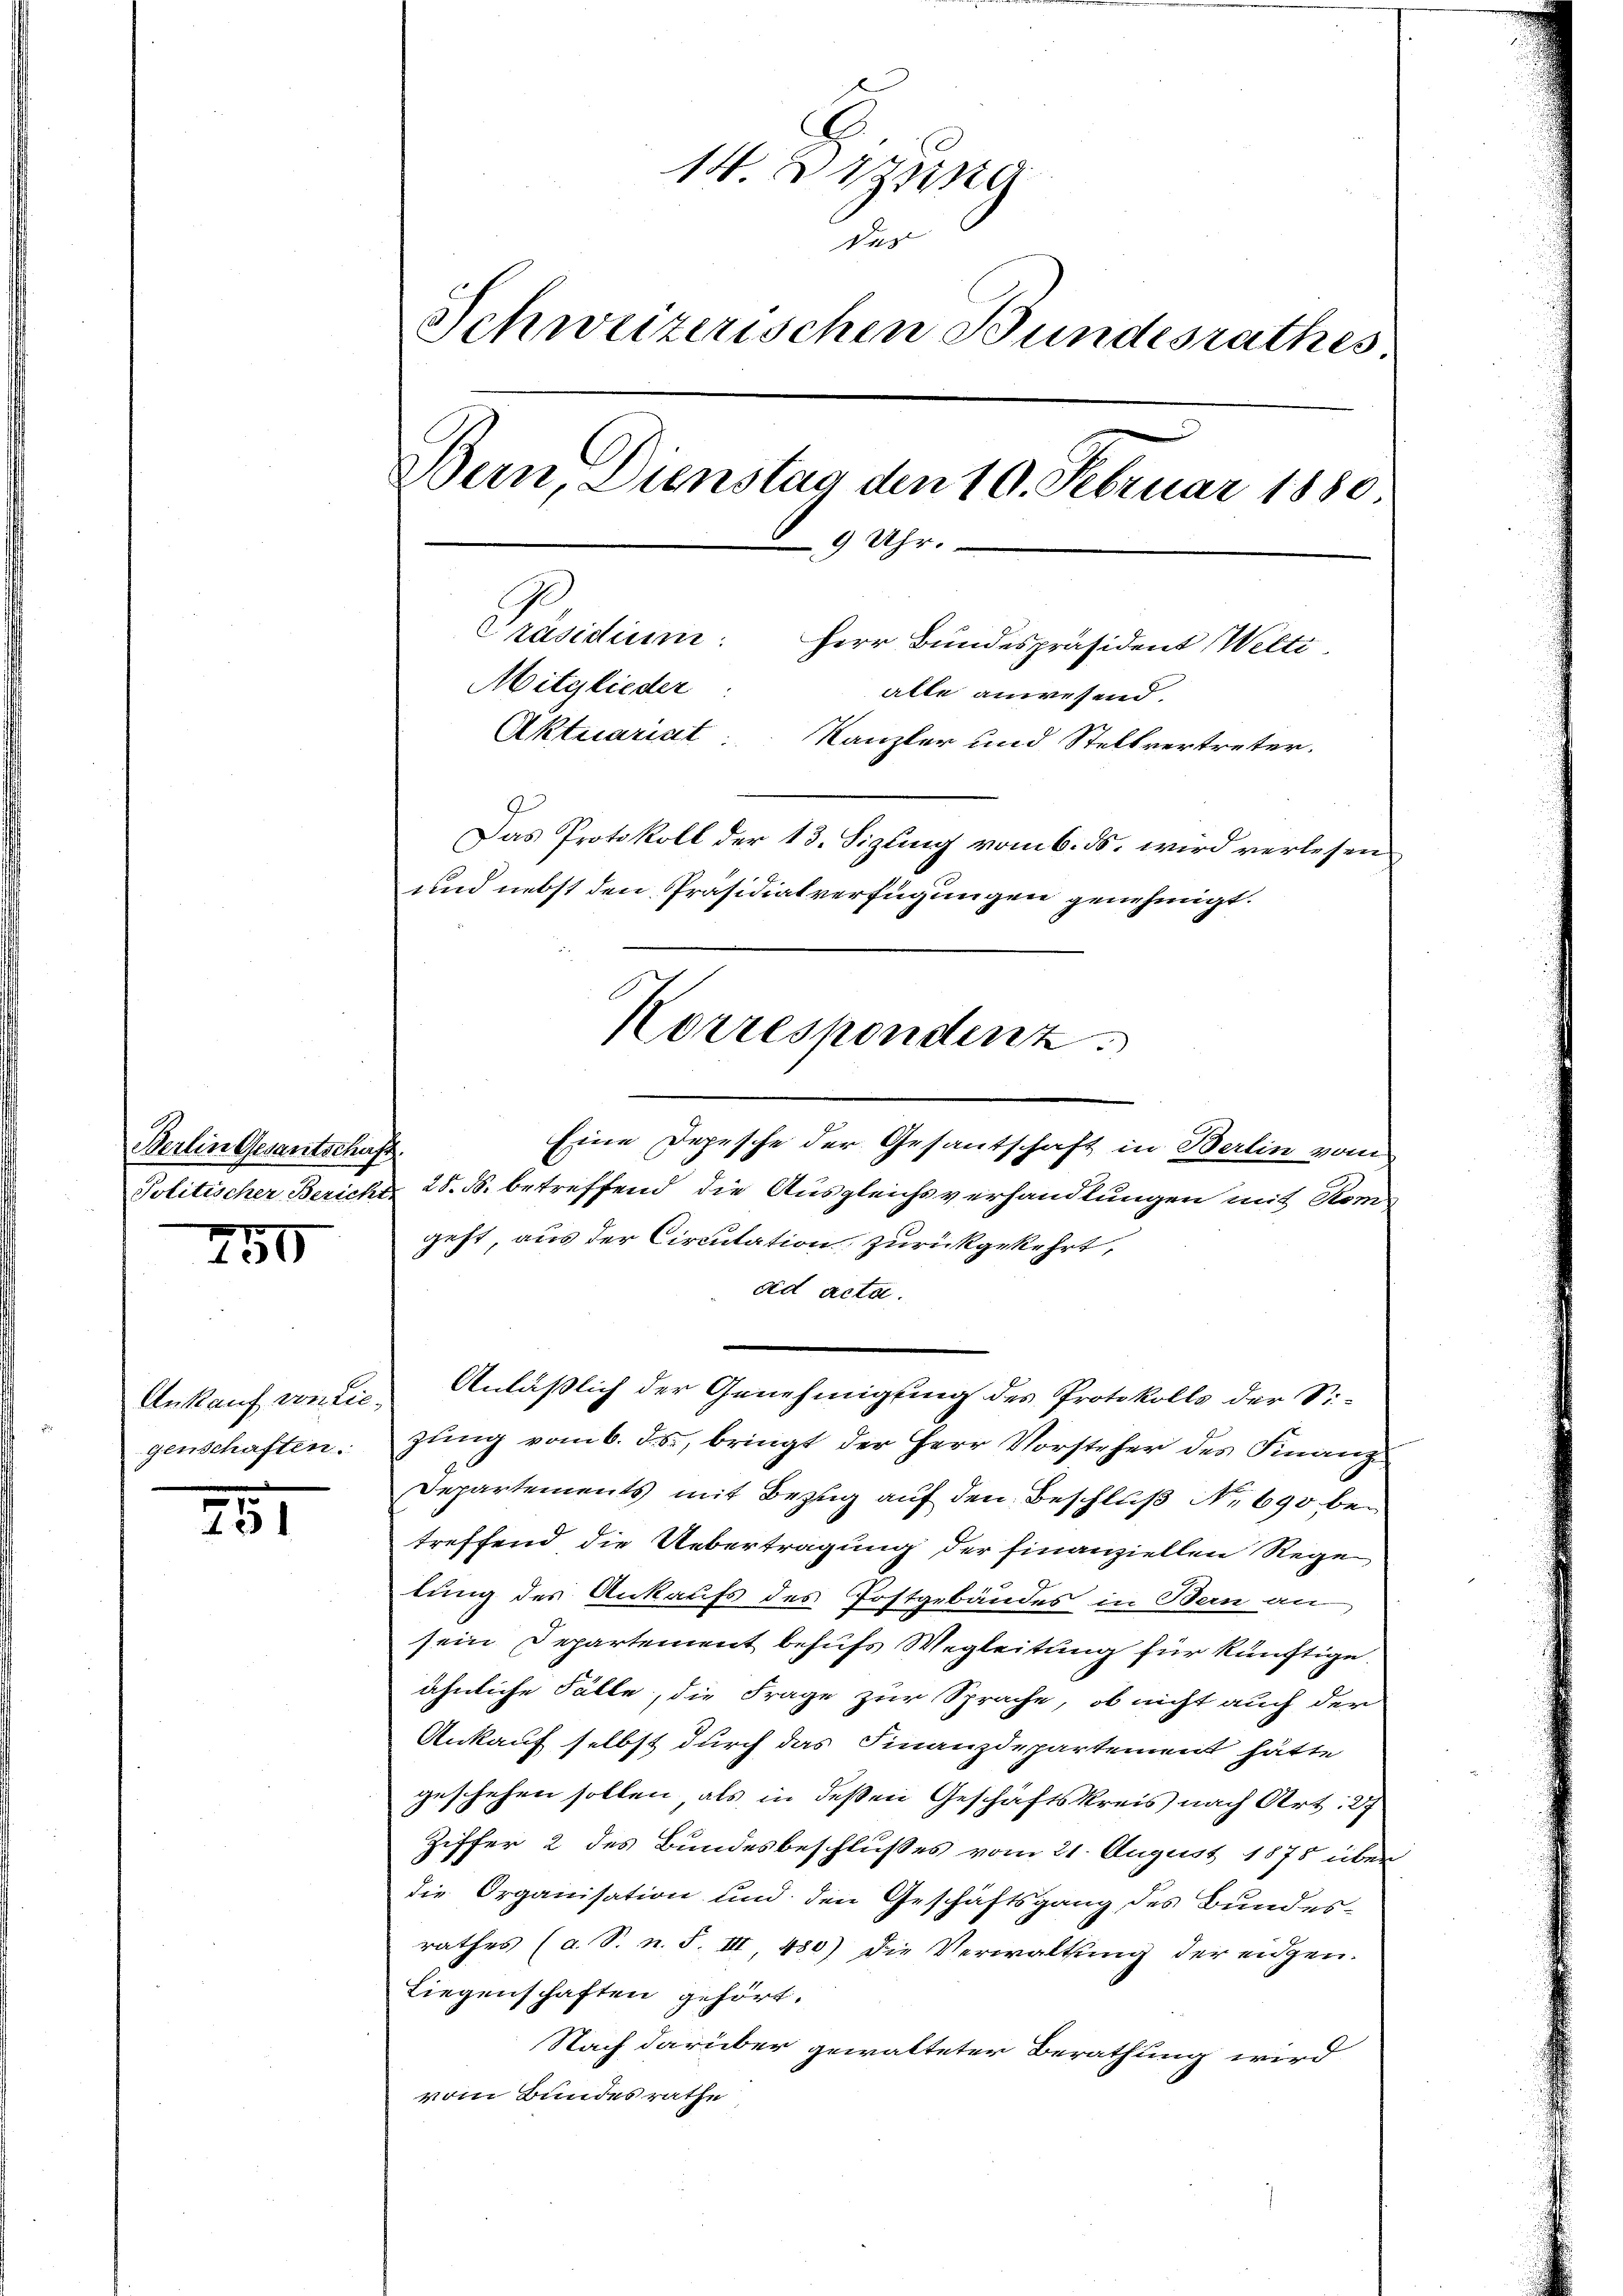
Berlin Gesantschaft.
e

250

Ankauf von Liegenschaften.

251

14. Organg
dur
Schweizerischen Bundesrathes
Bern, Dienstag den 10. Februar 1880
9 Uhr.
Präsidium: Herr Bundespräsident Welti
Mitglieder:
alle anwesend.
Aktuariat Kanzler und Stellvertreter.
Das Protokoll der 13. Sizling vom 6. ds. wird verlesen
und nebst den Präsidialverfügungen genehmigt.
Korrespondenz

Eine Depesche der Gesantschaft in Berlin vom
Politischer Bericht 28. ds. betreffend die Ausgleichsverhandlungen mit Kom-
geht, aus der Circulation zurückgekehrt,
ad acta.
Anläßlich der Genehmigung des Protokolls der Sizung vom 6. ds., bringt der Herr Vorsteher des Finanz
Departements mit Bezug auf den Beschluß No 690 betreffend die Uebertragung der finanziellen Rege
lung des Ankaufs des Postgebäudes in Bern an
sein Departement behufs Wegleitung für künftige.
ähnliche Fälle, die Frage zur Sprache, ob nicht auch der
Ankauf selbst durch das Finanzdepartement hätte
geschehen sollen, als in deßen Geschäftskreis nach Art: 27
Ziffer 2 des Bundesbeschlußes vom 21. August 1875 über
die Organisation und den Geschäftsgang des Bundes-
rathes (a. S. n. F. III, 480) die Verwaltung der eidgen.
Liegenschaften gehört.
Nach darüber gewalteter Berathung wird
vom Bundesrathe